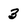
Character: 3